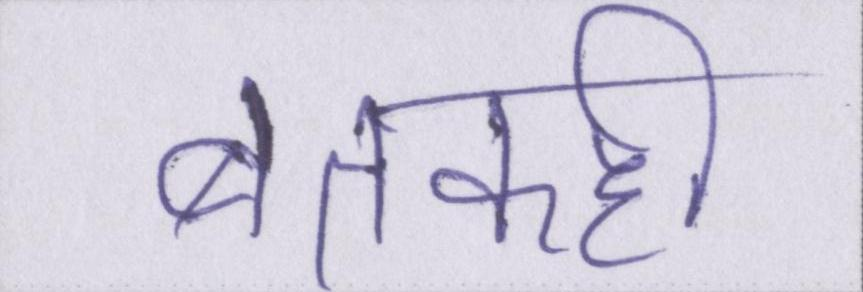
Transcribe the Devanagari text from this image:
बतकही